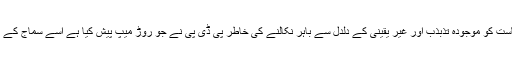
پی ڈی پی صدر محبوبہ مفتی کا کہنا تھا کہ ریاست کو موجودہ تذبذب اور غیر یقینی کے دلدل سے باہر نکالنے کی خاطر پی ڈی پی نے جو روڑ میپ پیش کیا ہے اُسے سماج کے ہر طبقہ ہائے فکر نے کھلے دل سے قبول کیا ۔